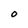
Character: O